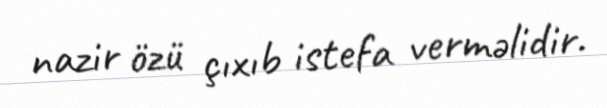
nazir özü çıxıb istefa verməlidir.